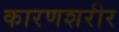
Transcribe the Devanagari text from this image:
कारणशरीर